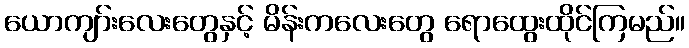
ယောကျာ်းလေးတွေနှင့် မိန်းကလေးတွေ ရောထွေးထိုင်ကြမည်။